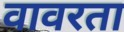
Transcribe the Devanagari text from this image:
वावरता